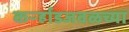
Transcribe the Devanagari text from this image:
कर्ऱ्हाडजवळच्या